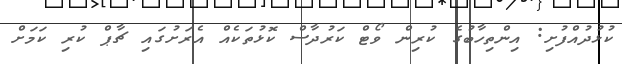
ކުޅުދުއްފުށި: އިންތިހާބުގެ ކުރިން ވޯޓް ކަރުދާސް ކޮޅުތަކެއް އެރަށުގައި ޗާޕް ކުރި ކަމަށް